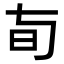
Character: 𬀦